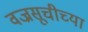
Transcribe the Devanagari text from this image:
वज्रसूचीच्या